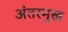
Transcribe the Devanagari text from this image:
अंतरमुख